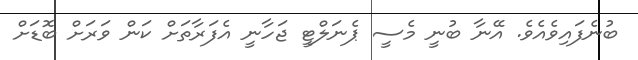
ބުނެފައިވެއެވެ. އޭނާ ބުނީ މެސީ ޕެނަލްޓީ ޖަހާނީ އެފަރާތަށް ކަން ވަރަށް ބޮޑަށް